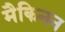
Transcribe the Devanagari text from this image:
मैकिनन